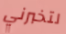
لتخبرني